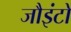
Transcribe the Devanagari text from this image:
जौइंटों